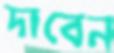
দাবেন